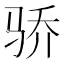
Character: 骄